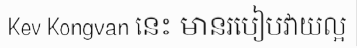
Kev Kongvan នេះ មានរបៀបវាយល្អ